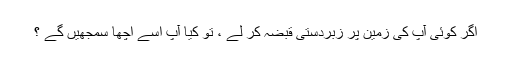
اگر کوئی آپ کی زمین پر زبردستی قبضہ کر لے ، تو کیا آپ اسے اچھا سمجھیں گے ؟